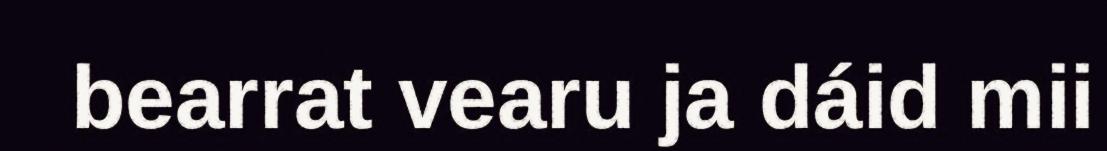
bearrat vearu ja dáid mii